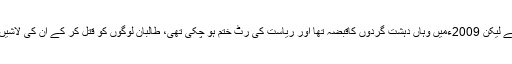
محمود خان مٹہ سے کامیاب ہوئے لیکن 2009ءمیں وہاں دہشت گردوں کاقبضہ تھا اور ریاست کی رٹ ختم ہو چکی تھی، طالبان لوگوں کو قتل کر کے ان کی لاشیں کھمبوں کیساتھ لٹکا دیتے تھے۔